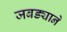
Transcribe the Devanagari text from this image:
जबड्याने